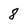
Character: 8